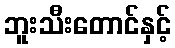
ဘူးသီးတောင်နှင့်